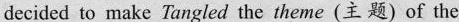
decided to make Tangled the theme (主题) of the